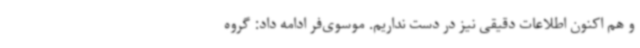
و هم اکنون اطلاعات دقیقی نیز در دست نداریم. موسوی‌فر ادامه داد: گروه